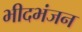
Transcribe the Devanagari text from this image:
भीदभंजन